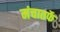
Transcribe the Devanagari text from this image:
मंचातर्फे